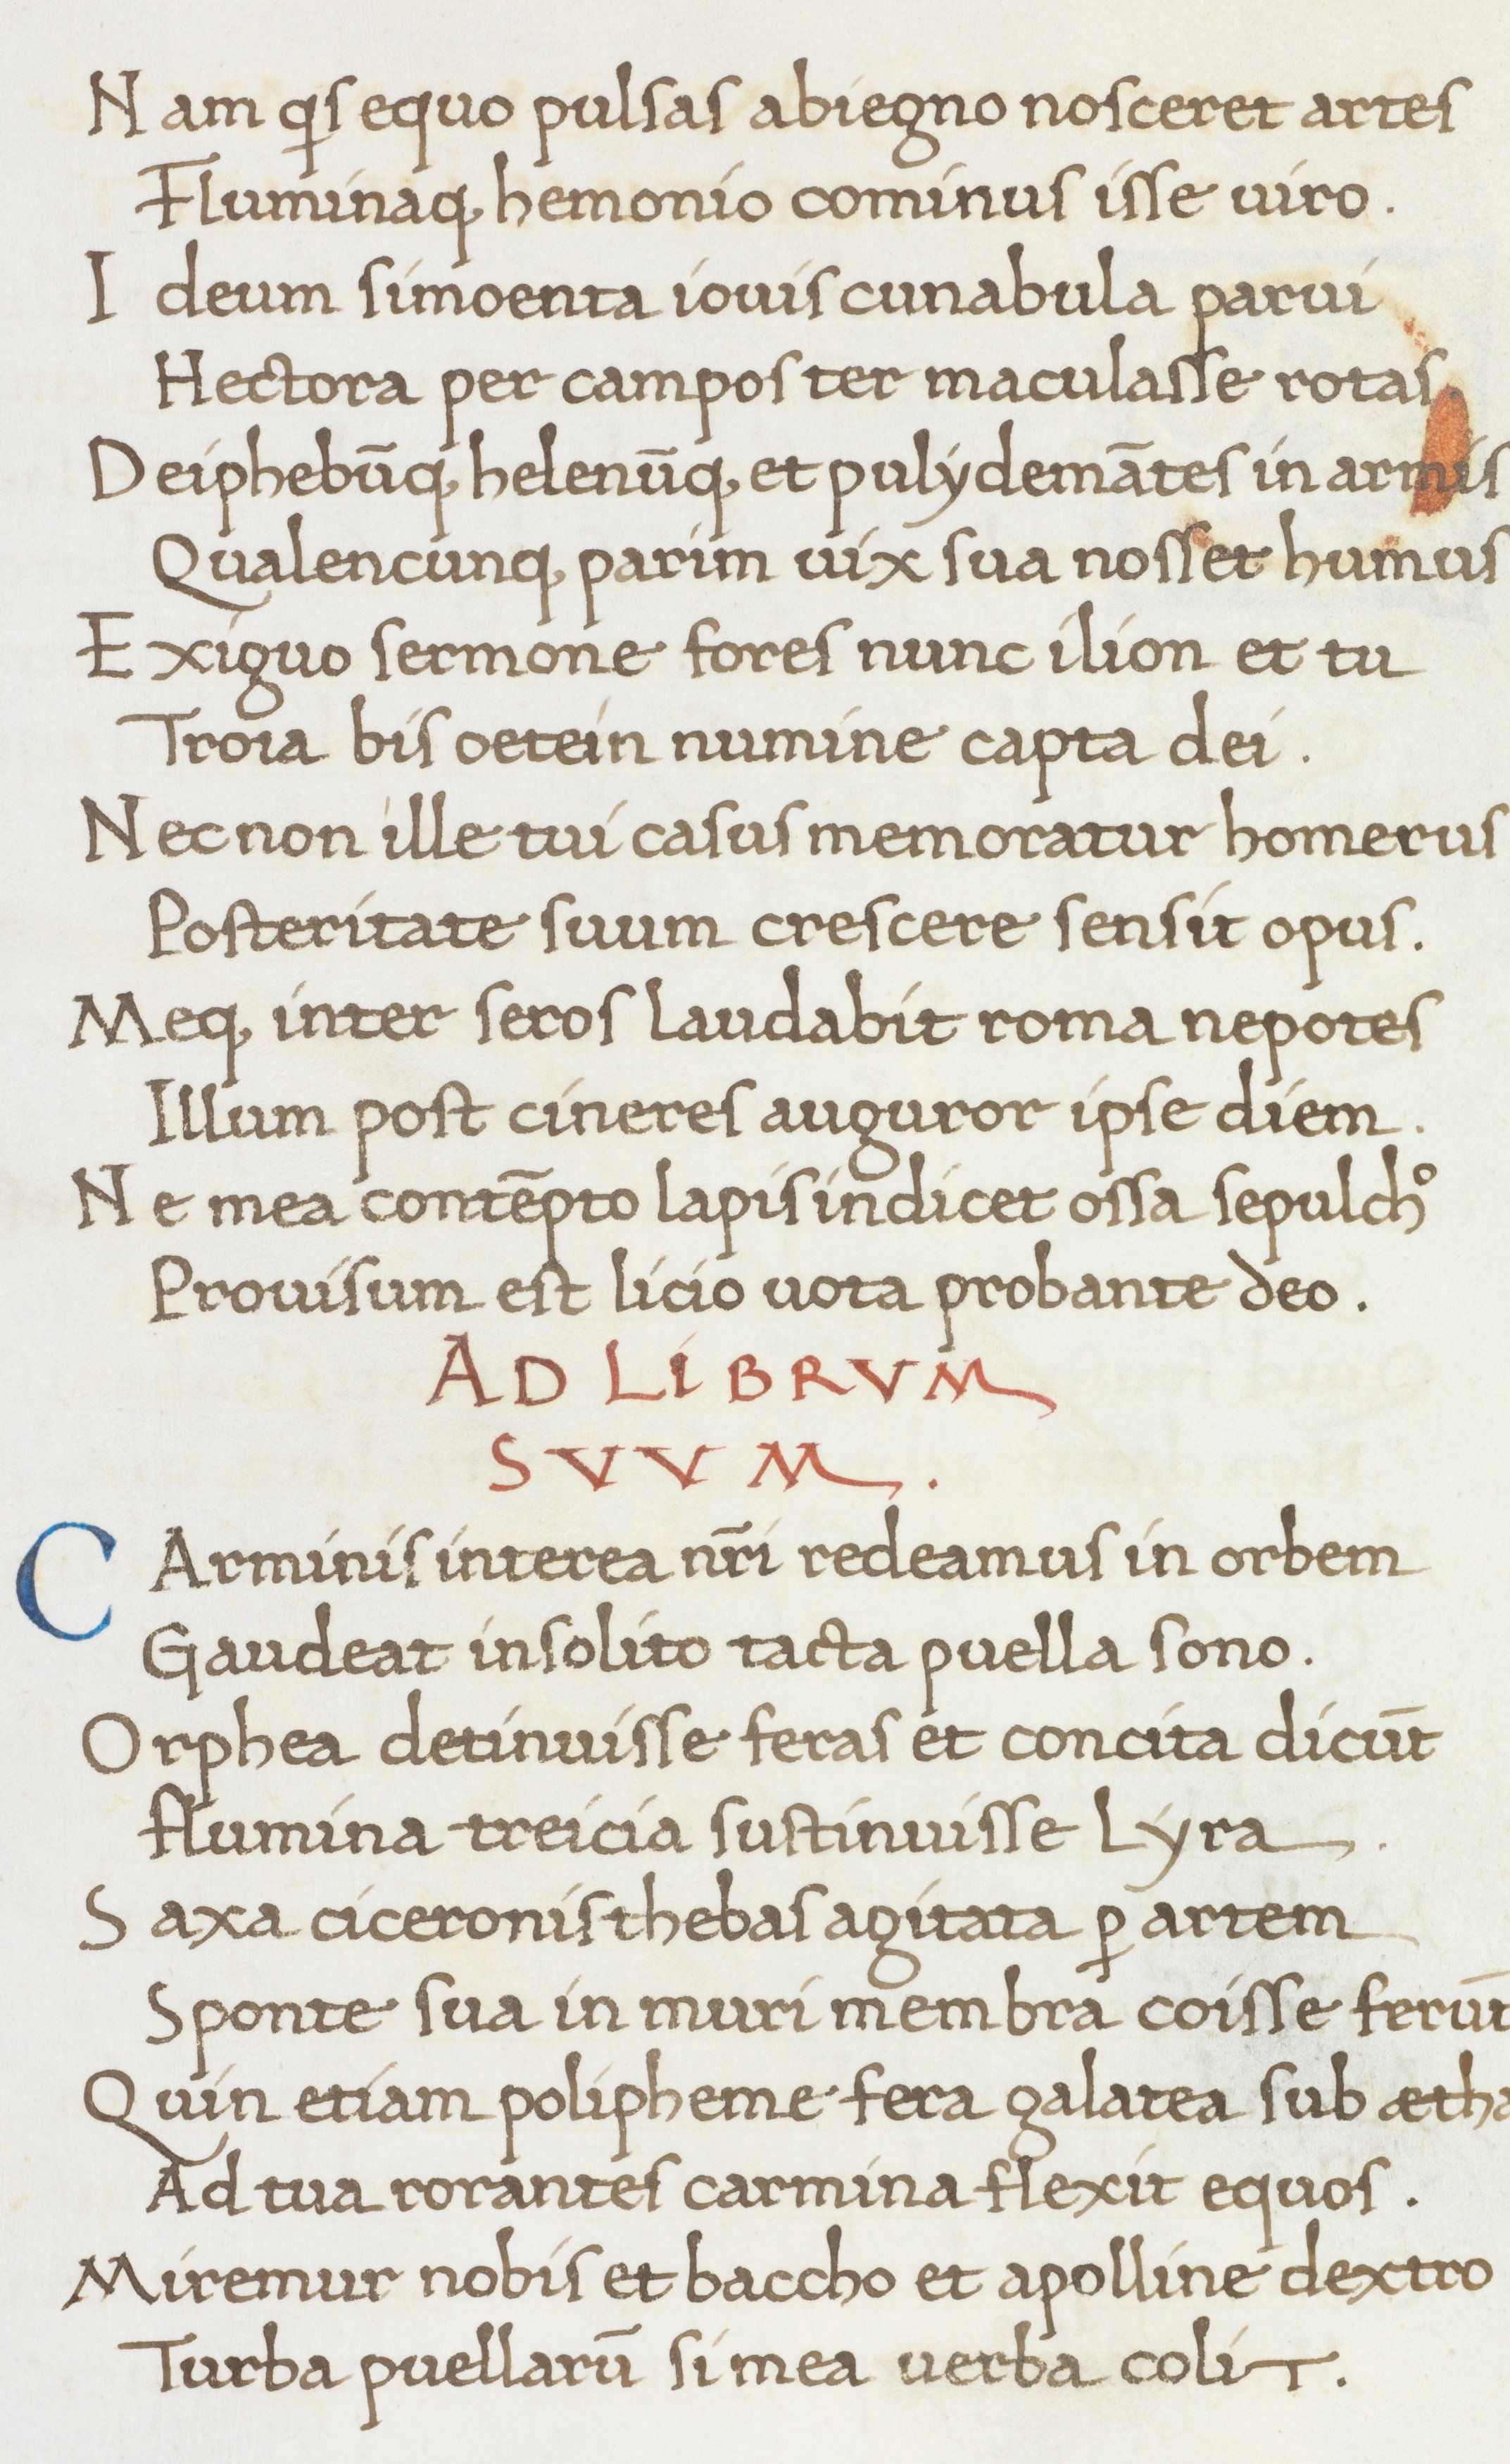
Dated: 1466–1466